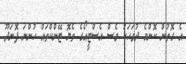
އެ ގޮތުން ކޮންމެ ދުވަހަކު ވެސް އެސްޓީއޯގެ ތެޔޮ ޓޭންކްތައް ހުންނަ ފޮނަދޫ